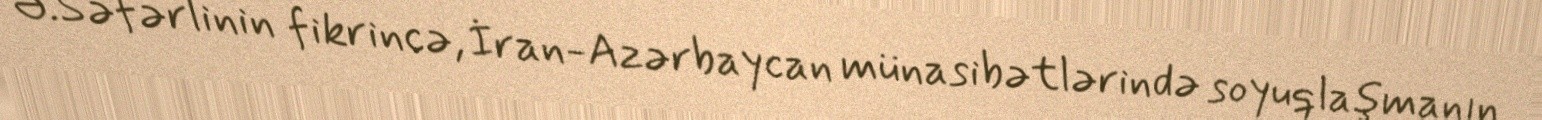
Ə.Səfərlinin fikrincə, İran-Azərbaycan münasibətlərində soyuqlaşmanın